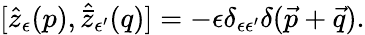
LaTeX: [\widehat{z}_{\epsilon}(p),\widehat{\bar{z}}{}_{\epsilon^{\prime}}(q)]=-\epsilon\delta_{\epsilon\epsilon^{\prime}}\delta(\vec{p}+\vec{q}).